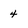
Character: 4